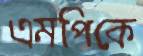
এমপিকে